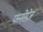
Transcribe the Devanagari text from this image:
फनेंसेज़